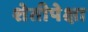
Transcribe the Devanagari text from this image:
शेतीपेक्षा